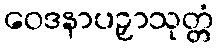
ဝေဒနာပဉှာသုတ္တံ